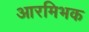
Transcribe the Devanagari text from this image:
आरमिभक